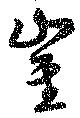
崔